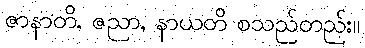
ဇာနာတိ, ဇညာ, နာယတိ စသည်တည်း။